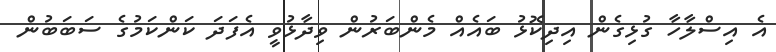
އެ އިސްލާހާ ގުޅިގެން އިދިކޮޅު ބައެއް މެންބަރުން ވިދާޅުވީ އެފަދަ ކަންކަމުގެ ސަބަބުން